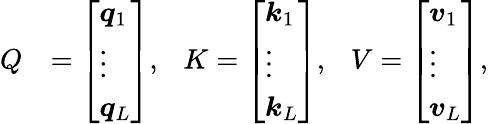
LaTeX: \begin{array}{rl}{Q}&{=\left[\begin{array}{l}{\boldsymbol{q}_{1}}\\ {\vdots}\\ {\boldsymbol{q}_{L}}\end{array}\right],\ \ \ K=\left[\begin{array}{l}{\boldsymbol{k}_{1}}\\ {\vdots}\\ {\boldsymbol{k}_{L}}\end{array}\right],\ \ \ V=\left[\begin{array}{l}{\boldsymbol{v}_{1}}\\ {\vdots}\\ {\boldsymbol{v}_{L}}\end{array}\right],}\end{array}